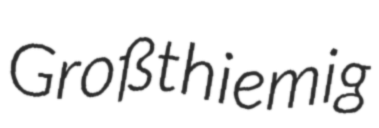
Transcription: Großthiemig